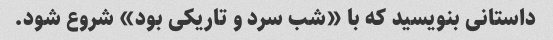
داستانی بنویسید که با «شب سرد و تاریکی بود» شروع شود.